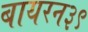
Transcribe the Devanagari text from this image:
बायरन३९